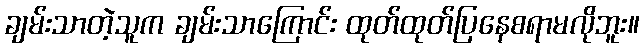
ချမ်းသာတဲ့သူက ချမ်းသာကြောင်း ထုတ်ထုတ်ပြနေစရာမလိုဘူး။